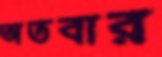
অতবার